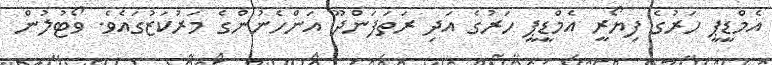
އެމްޑީޕީ ހަރުގެ ފިޔޯރީ އެމްޑީޕީ ހަރުގެ އަދި ރަތަފަންދޫ އަންހެނުންގެ މަރުކަޒުގައެވެ. ވޯޓުލުން